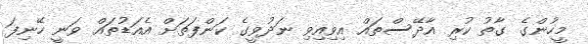
މީހުންގެ ގާތު ކުރި އާދޭސްތައް އިވިއިވި ނަދުވީގެ ކަންފަތަށް އެއަޑުތައް ވަނީ ހޭނިފަ